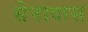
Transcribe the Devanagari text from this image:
सेनावास